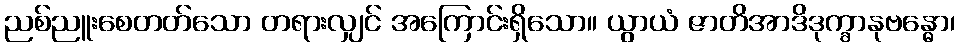
ညစ်ညူးစေတတ်သော တရားလျှင် အကြောင်းရှိသော။ ယွာယံ ဇာတိအာဒိဒုက္ခာနုဗန္ဓော၊